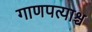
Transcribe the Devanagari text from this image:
गाणपत्याश्च